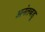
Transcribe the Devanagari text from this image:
अनंतबडु